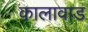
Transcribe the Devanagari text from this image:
कालावाड